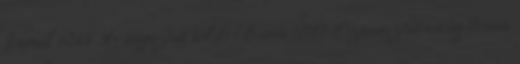
fémmel 6348 Aranyszínű kolibri bross 5987 Ezüstszínű virág bross